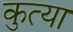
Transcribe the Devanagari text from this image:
कुत्या